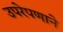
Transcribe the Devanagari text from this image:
उपरेपणाने